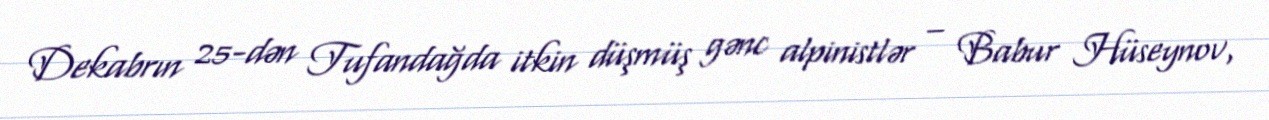
Dekabrın 25-dən Tufandağda itkin düşmüş gənc alpinistlər – Babur Hüseynov,